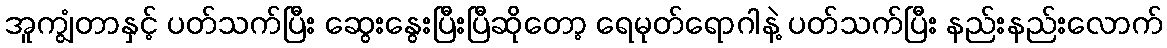
အူကျွံတာနှင့် ပတ်သက်ပြီး ဆွေးနွေးပြီးပြီဆိုတော့ ရေမုတ်ရောဂါနဲ့ ပတ်သက်ပြီး နည်းနည်းလောက်